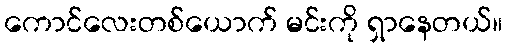
ကောင်လေးတစ်ယောက် မင်းကို ရှာနေတယ်။